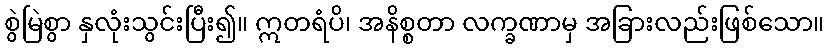
စွဲမြဲစွာ နှလုံးသွင်းပြီး၍။ ဣတရံပိ၊ အနိစ္စတာ လက္ခဏာမှ အခြားလည်းဖြစ်သော။